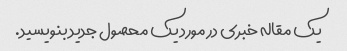
یک مقاله خبری در مورد یک محصول جدید بنویسید.